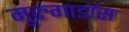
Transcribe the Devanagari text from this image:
मुरुगाडॉस